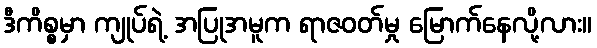
ဒီကိစ္စမှာ ကျုပ်ရဲ့ အပြုအမူက ရာဇဝတ်မှု မြောက်နေလို့လား။